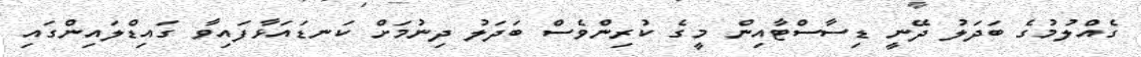
ގެއްލުމުގެ ބަދަލު ދޭނީ ޑިސާސްޓާއިން މީގެ ކުރިންވެސް ބަދަލު ދިނުމަށް ކަނޑައަޅާފައިވާ ގައިޑްލައިންގައި